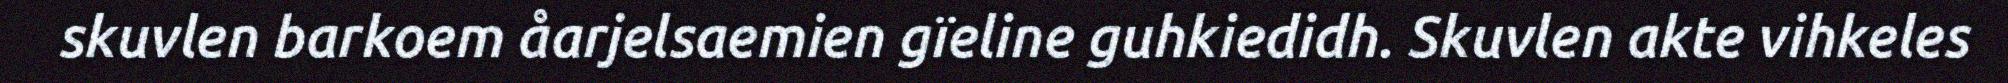
skuvlen barkoem åarjelsaemien gïeline guhkiedidh. Skuvlen akte vihkeles